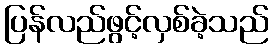
ပြန်လည်ဖွင့်လှစ်ခဲ့သည်